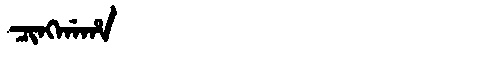
Manchu: ᠴᡳᠩᡤᠠᡥᠠ
Romanization: CINGGAHA